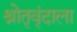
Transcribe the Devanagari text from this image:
श्रोतृवृंदाला